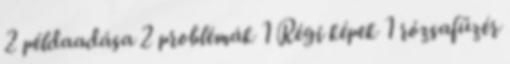
2 példaadása 2 problémák 1 Régi képek 1 rózsafüzér